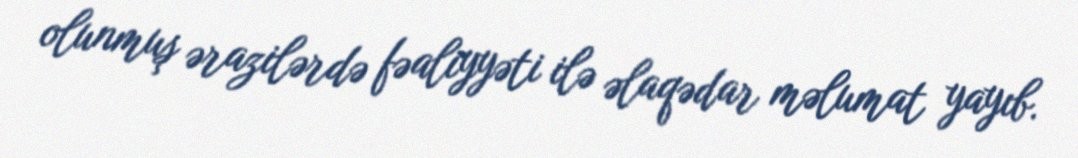
olunmuş ərazilərdə fəaliyyəti ilə əlaqədar məlumat yayıb.